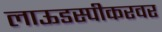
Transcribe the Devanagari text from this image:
लाऊडस्पीकरवर